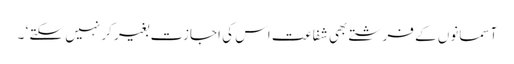
آسمانوں کے فرشتے بھی شفاعت اس کی اجازت بغیر کر نہیں سکتے ‘ ۔